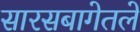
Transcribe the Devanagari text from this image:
सारसबागेतले